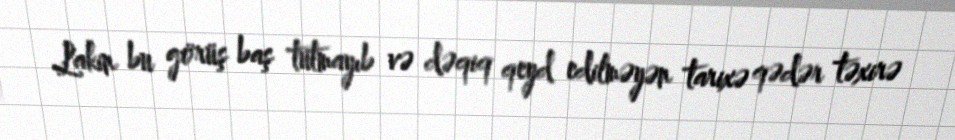
Lakin bu görüş baş tutmayıb və dəqiq qeyd edilməyən tarixə qədər təxirə